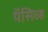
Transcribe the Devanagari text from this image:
पॅसिव्ह